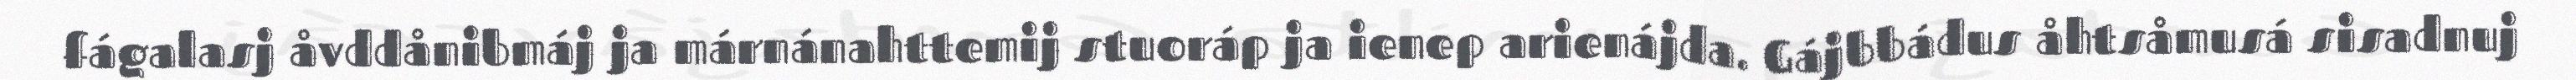
fágalasj åvddånibmáj ja márnánahttemij stuoráp ja ienep arienájda. Gájbbádus åhtsåmusá sisadnuj